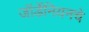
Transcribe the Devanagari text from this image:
जॉर्डेनियनचे